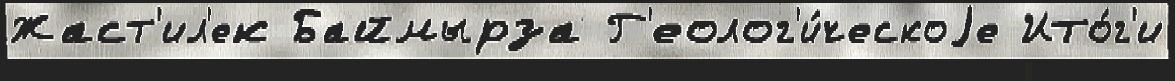
Жаст'ил'ек Баймырза Г'еолог'и́ческоjе Ито́г'и